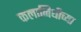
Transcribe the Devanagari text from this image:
कलानिधीच्या